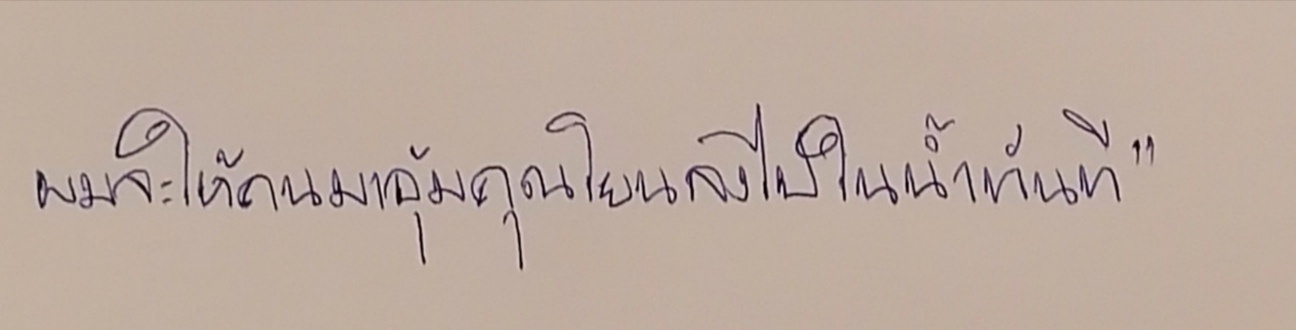
ผมจะให้คนมาอุ้มคุณโยนลงไปในน้ำทันที"